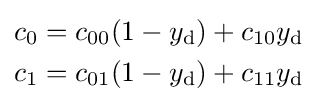
{\begin{aligned}c_{0}&=c_{00}(1-y_{\text{d}})+c_{10}y_{\text{d}}\\c_{1}&=c_{01}(1-y_{\text{d}})+c_{11}y_{\text{d}}\end{aligned}}